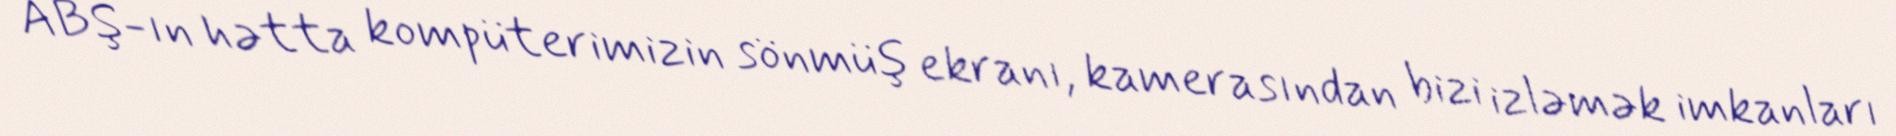
ABŞ-ın hətta kompüterimizin sönmüş ekranı, kamerasından bizi izləmək imkanları